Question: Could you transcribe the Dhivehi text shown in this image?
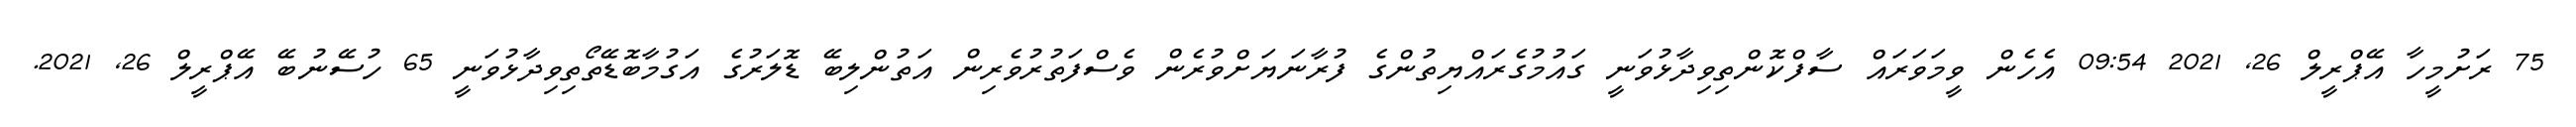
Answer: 75 ރަށުމީހާ އޭޕްރީލް 26, 2021 09:54 އެހެން ވީމަވަރައް ސާފްކޮންތިވިދާޅުވަނީ ގައުމުގެރައްޔިތުންގެ ފުރާނަޔަށްވުރެން ވެސްފަތުރުވެރިން އަތުންލިބޭ ޑޮލަރުގެ އަގުމާބޮޑޭތޯތިވިދާޅުވަނީ 65 ހުސޭނުބޭ އޭޕްރީލް 26, 2021.